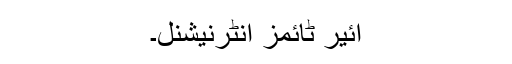
ائیر ٹائمز انٹرنیشنل۔